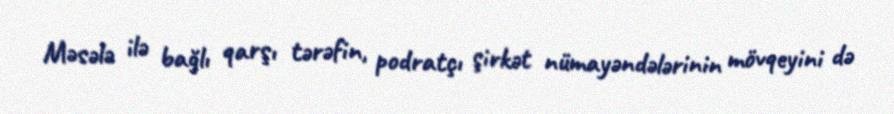
Məsələ ilə bağlı qarşı tərəfin, podratçı şirkət nümayəndələrinin mövqeyini də